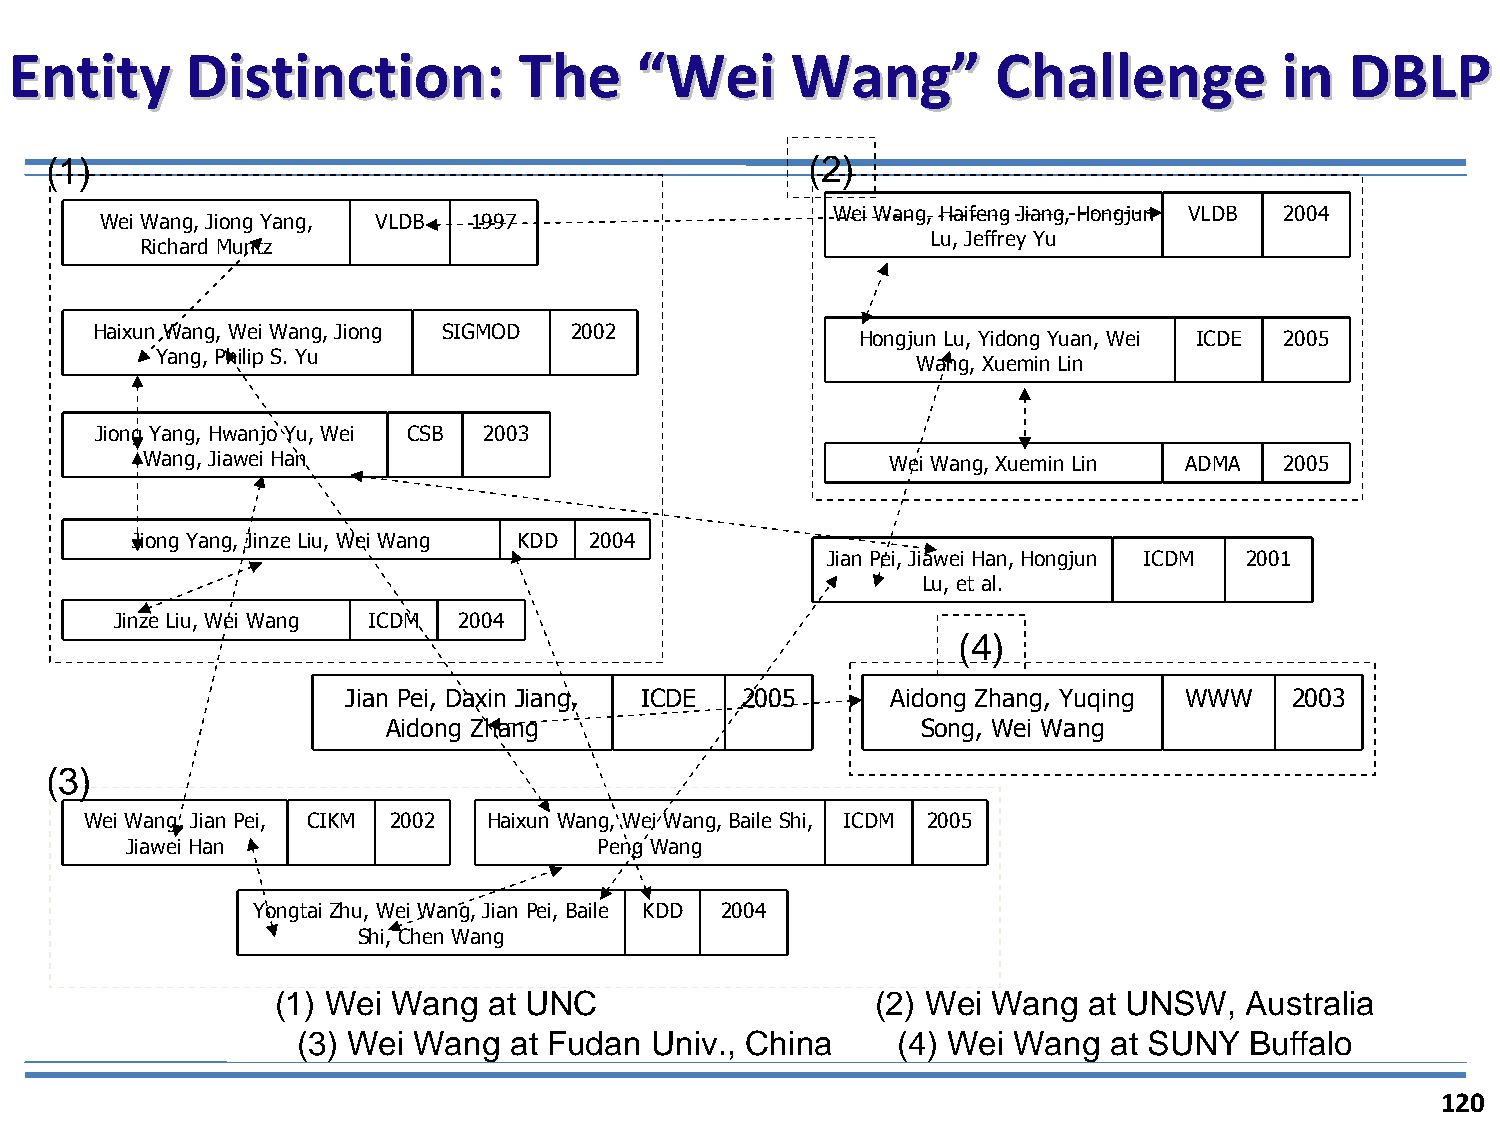
EEnnttiittyy DDiissttiinnccttiioonn:: TThhee ““WWeeii WWaanngg”” CChhaalllleennggee iinn DDBBLLPP
 (1)                                               (2)
 Wei Wang, Haifeng Jiang, Hongjun VLDB 2004
 Wei Wang, Jiong Yang, VLDB 1997
 Lu, Jeffrey Yu
 Richard Muntz
 Haixun Wang, Wei Wang, Jiong SIGMOD 2002
 Hongjun Lu, Yidong Yuan, Wei ICDE 2005
 Yang, Philip S. Yu
 Wang, Xuemin Lin
 Jiong Yang, Hwanjo Yu, Wei CSB 2003
 Wang, Jiawei Han                                  Wei Wang, Xuemin Lin ADMA 2005
 Jiong Yang, Jinze Liu, W ei Wang KDD 2004
 Jian Pei, Jiawei Han, Hongjun ICDM 2001
 Lu, et al.
 Jinze Liu, Wei W ang ICDM 2004
 (4)
 Jian Pei, Daxin Jiang, ICDE 2005    Aidong Zhang, Yuqing WWW  2003
 Aidong Zhang                       Song, Wei Wang
 (3)
 Wei Wang, Jian Pei, CIKM 2002 Haixun Wang, Wei Wang, Baile Shi, ICDM 2005
 Jiawei Han                      Peng Wang
 Yongtai Zhu, Wei Wang, Jian Pei, Baile KDD 2004
 Shi, Chen Wang
 (1) Wei Wang  at UNC                    (2) Wei Wang  at UNSW,  Australia
 (3) Wei Wang  at Fudan Univ., China    (4) Wei Wang  at SUNY   Buffalo
 120